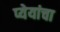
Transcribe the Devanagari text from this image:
प्येयांचा